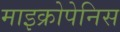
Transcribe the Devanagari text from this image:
माइक्रोपेनिस